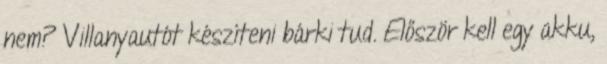
nem? Villanyautót készíteni bárki tud. Először kell egy akku,